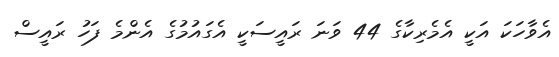
އެވާހަކަ އަކީ އެމެރިކާގެ 44 ވަނަ ރައީސަކީ އެގައުމުގެ އެންމެ ފަހު ރައީސް